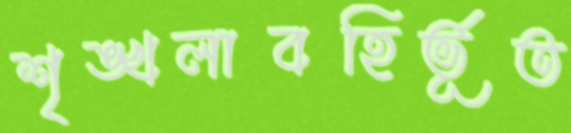
শৃঙ্খলাবহির্ভূত